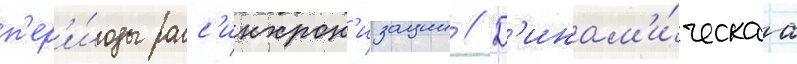
п'ер'и́оды расс'инхрон'изации // Д'инам'и́ческаа